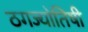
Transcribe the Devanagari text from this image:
ठगज्योतिषी